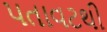
પતાવટથી